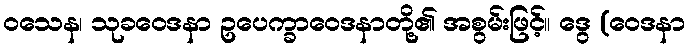
ဝသေန၊ သုခဝေဒနာ ဥပေက္ခာဝေဒနာတို့၏ အစွမ်းဖြင့်။ ဒွေ (ဝေဒနာ